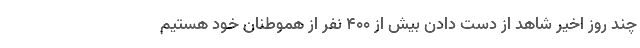
چند روز اخیر شاهد از دست دادن بیش از ۴۰۰ نفر از هموطنان خود هستیم